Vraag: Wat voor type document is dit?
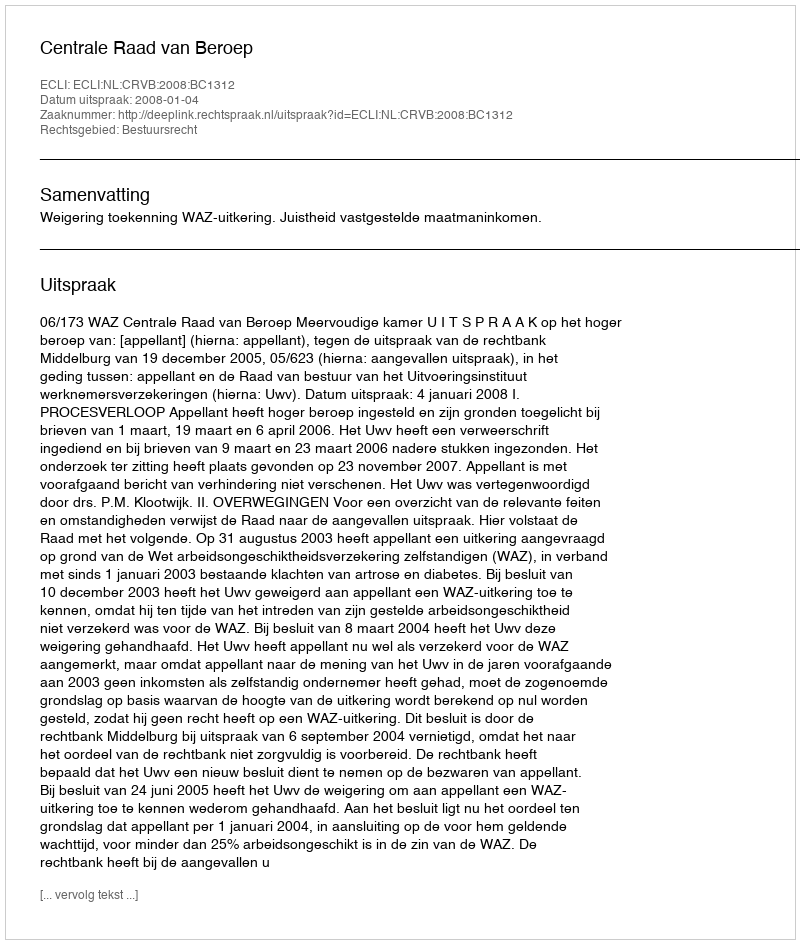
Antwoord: Uitspraak